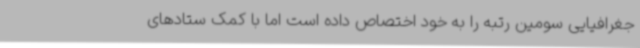
جغرافیایی سومین رتبه را به خود اختصاص داده است اما با کمک ستادهای